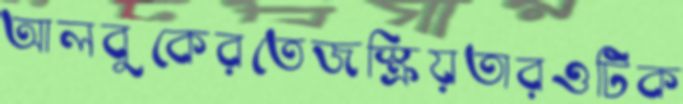
আলবুকেরতেজস্ক্রিয়তারওটিক